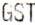
GST